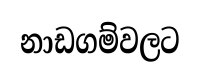
නාඩගම්වලට